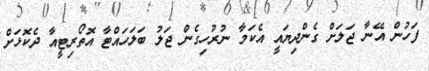
ފަހުން އޭނާ ޖަލަށް ގެންދިޔައީ އެކަމާ ނުރުހިގެން ޖަލު ބަލަހައްޓާ އޮތޯރިޓީއާ ދެކޮޅަށް